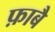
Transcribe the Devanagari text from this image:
फ़ाबै